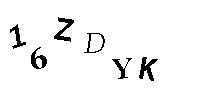
16ZDYK